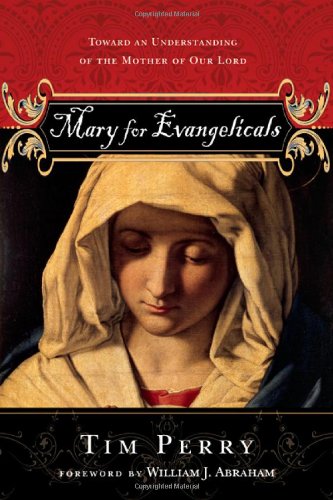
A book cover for Mary for Evangelicals: Toward an Understanding of the Mother of Our Lord; Tim Perry; Christian Books & Bibles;